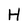
Character: H